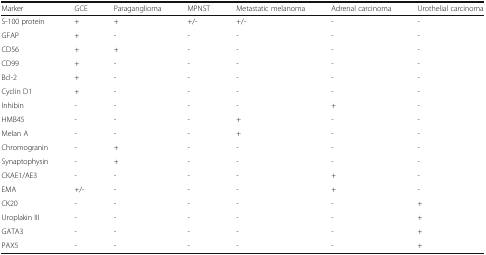
<table><thead><tr><td><b>Marker</b></td><td><b>GCE</b></td><td><b>Paraganglioma</b></td><td><b>MPNST</b></td><td><b>Metastatic melanoma</b></td><td><b>Adrenal carcinoma</b></td><td><b>Urothelial carcinoma</b></td></tr></thead><tbody><tr><td>S-100 protein</td><td>+</td><td>+</td><td>+/-</td><td>+/-</td><td>-</td><td>-</td></tr><tr><td>GFAP</td><td>+</td><td>-</td><td>-</td><td>-</td><td>-</td><td>-</td></tr><tr><td>CD56</td><td>+</td><td>+</td><td>-</td><td>-</td><td>-</td><td>-</td></tr><tr><td>CD99</td><td>+</td><td>-</td><td>-</td><td>-</td><td>-</td><td>-</td></tr><tr><td>Bcl-2</td><td>+</td><td>-</td><td>-</td><td>-</td><td>-</td><td>-</td></tr><tr><td>Cyclin D1</td><td>+</td><td>-</td><td>-</td><td>-</td><td>-</td><td>-</td></tr><tr><td>Inhibin</td><td>-</td><td>-</td><td>-</td><td>-</td><td>+</td><td>-</td></tr><tr><td>HMB45</td><td>-</td><td>-</td><td>-</td><td>+</td><td>-</td><td>-</td></tr><tr><td>Melan A</td><td>-</td><td>-</td><td>-</td><td>+</td><td>-</td><td>-</td></tr><tr><td>Chromogranin</td><td>-</td><td>+</td><td>-</td><td>-</td><td>-</td><td>-</td></tr><tr><td>Synaptophysin</td><td>-</td><td>+</td><td>-</td><td>-</td><td>-</td><td>-</td></tr><tr><td>CKAE1/AE3</td><td>-</td><td>-</td><td>-</td><td>-</td><td>+</td><td>-</td></tr><tr><td>EMA</td><td>+/-</td><td>-</td><td>-</td><td>-</td><td>+</td><td>-</td></tr><tr><td>CK20</td><td>-</td><td>-</td><td>-</td><td>-</td><td>-</td><td>+</td></tr><tr><td>Uroplakin III</td><td>-</td><td>-</td><td>-</td><td>-</td><td>-</td><td>+</td></tr><tr><td>GATA3</td><td>-</td><td>-</td><td>-</td><td>-</td><td>-</td><td>+</td></tr><tr><td>PAX5</td><td>-</td><td>-</td><td>-</td><td>-</td><td>-</td><td>+</td></tr></tbody></table>